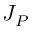
J _ { P }